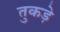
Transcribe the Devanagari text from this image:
तुकड़े